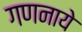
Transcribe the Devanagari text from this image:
गणनाये